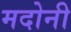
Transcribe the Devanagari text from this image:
मदोनी